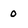
Character: o